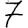
Digit: 7